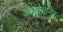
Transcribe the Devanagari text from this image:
अन्द्रोगेनिक